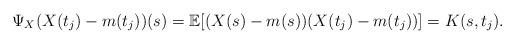
LaTeX: \begin{align*}\Psi_X(X(t_j)-m(t_j))(s) = \mathbb{E}[(X(s)-m(s))(X(t_j)-m(t_j))] = K(s,t_j).\end{align*}